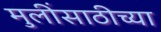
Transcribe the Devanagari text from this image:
मुलींसाठीच्या